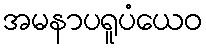
အမနာပရူပံယေဝ